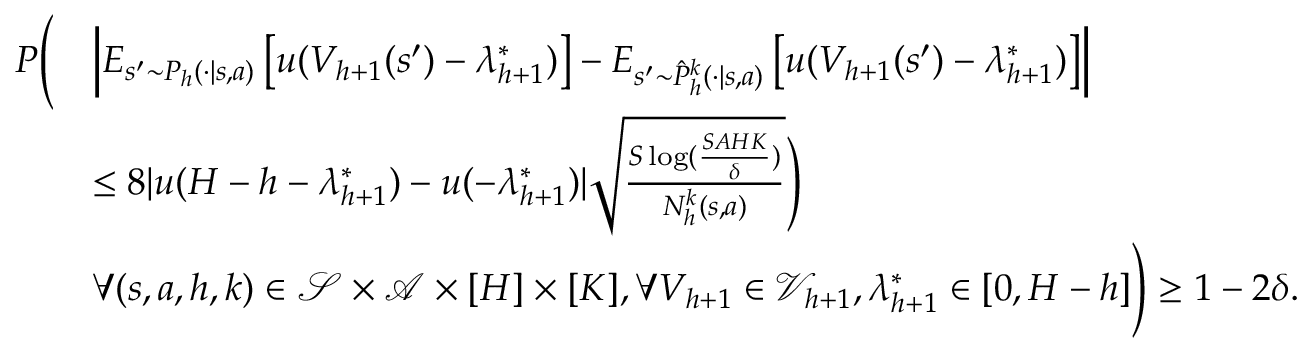
\begin{array} { r l } { P \Bigg ( } & { \left\vert E _ { s ^ { \prime } \sim P _ { h } ( \cdot \vert s , a ) } \left[ u ( V _ { h + 1 } ( s ^ { \prime } ) - \lambda _ { h + 1 } ^ { * } ) \right] - E _ { s ^ { \prime } \sim \hat { P } _ { h } ^ { k } ( \cdot \vert s , a ) } \left[ u ( V _ { h + 1 } ( s ^ { \prime } ) - \lambda _ { h + 1 } ^ { * } ) \right] \right\vert } \\ & { \leq 8 \vert u ( H - h - \lambda _ { h + 1 } ^ { * } ) - u ( - \lambda _ { h + 1 } ^ { * } ) \vert \sqrt { \frac { S \log ( \frac { S A H K } { \delta } ) } { N _ { h } ^ { k } ( s , a ) } } \Bigg ) } \\ & { \forall ( s , a , h , k ) \in \mathcal { S } \times \mathcal { A } \times [ H ] \times [ K ] , \forall V _ { h + 1 } \in \mathcal { V } _ { h + 1 } , \lambda _ { h + 1 } ^ { * } \in [ 0 , H - h ] \Bigg ) \geq 1 - 2 \delta . } \end{array}